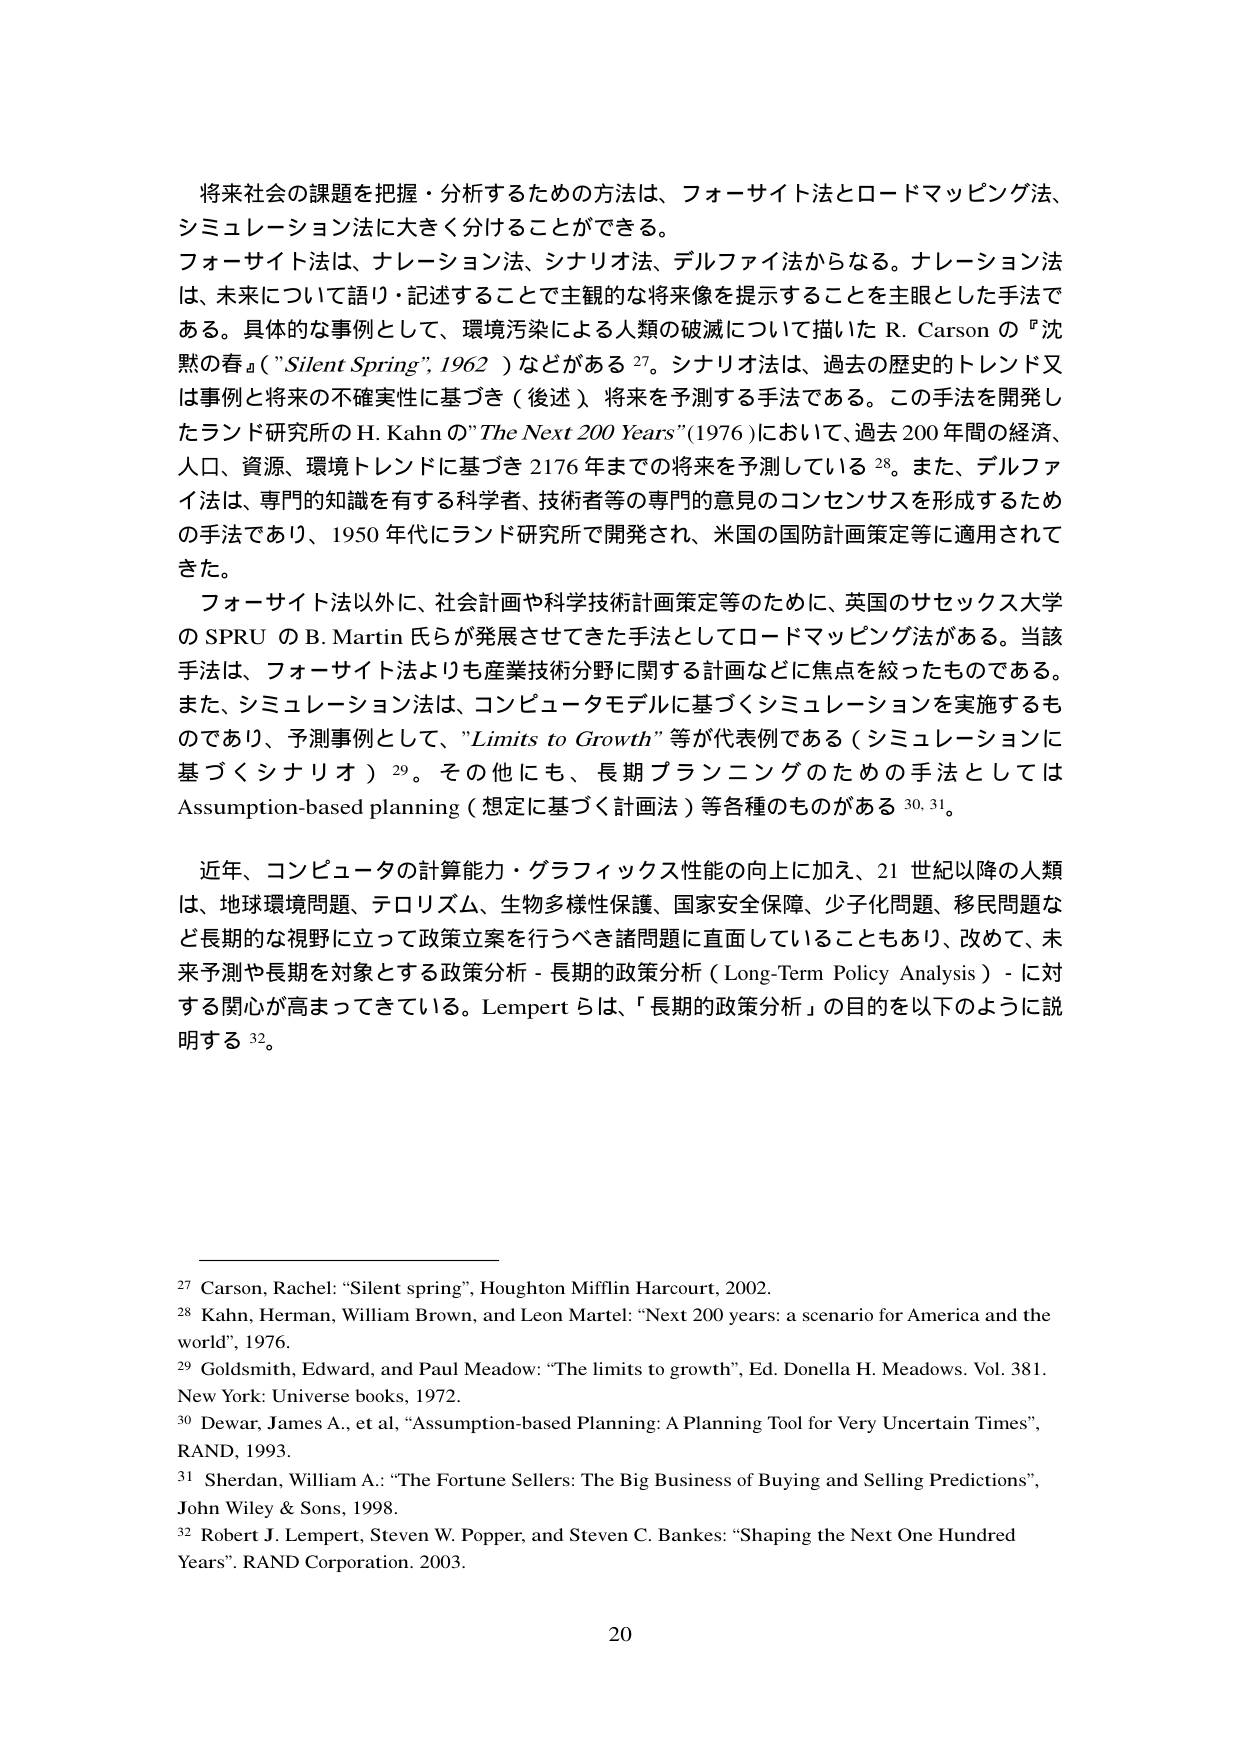
将来社会の課題を把握・分析するための方法は、フォーサイト法とロードマッピング法、シミュレーション法に大きく分けることができる。フォーサイト法は、ナレーション法、シナリオ法、デルファイ法からなる。ナレーション法は、未来について語り・記述することで主観的な将来像を提示することを主眼とした手法である。具体的な事例として、環境汚染による人類の破滅について描いた R. Carson の『沈黙の春』（"Silent Spring", 1962）などがある 27。シナリオ法は、過去の歴史的トレンド又は事例と将来の不確実性に基づき（後述）将来を予測する手法である。この手法を開発したランド研究所の H. Kahn の "The Next 200 Years" (1976) において、過去 200 年間の経済、人口、資源、環境トレンドに基づき 2176 年までの将来を予測している 28。また、デルファイ法は、専門的知識を有する科学者、技術者等の専門的意見のコンセンサスを形成するための手法であり、1950 年代にランド研究所で開発され、米国の国防計画策定等に適用されてきた。

フォーサイト法以外に、社会計画や科学技術計画策定等のために、英国のサセックス大学の SPRU の B. Martin 氏らが発展させてきた手法としてロードマッピング法がある。当該手法は、フォーサイト法よりも産業技術分野に関する計画などに焦点を絞ったものである。また、シミュレーション法は、コンピュータモデルに基づくシミュレーションを実施するものであり、予測事例として、"Limits to Growth" 等が代表例である（シミュレーションに基づくシナリオ）29。その他にも、長期プランニングのための手法としては Assumption-based planning（想定に基づく計画法）等各種のものがある 30, 31。

近年、コンピュータの計算能力・グラフィックス性能の向上に加え、21 世紀以降の人類は、地球環境問題、テロリズム、生物多様性保護、国家安全保障、少子化問題、移民問題など長期的な視野に立って政策立案を行うべき諸問題に直面していることもあり、改めて、未来予測や長期を対象とする政策分析 - 長期的政策分析（Long-Term Policy Analysis）- に対する関心が高まってきている。Lempert らは、「長期的政策分析」の目的を以下のように説明する 32。

27 Carson, Rachel: “Silent spring”, Houghton Mifflin Harcourt, 2002.
28 Kahn, Herman, William Brown, and Leon Martel: “Next 200 years: a scenario for America and the world”, 1976.
29 Goldsmith, Edward, and Paul Meadow: “The limits to growth”, Ed. Donella H. Meadows. Vol. 381. New York: Universe books, 1972.
30 Dewar, James A., et al, “Assumption-based Planning: A Planning Tool for Very Uncertain Times”, RAND, 1993.
31 Sheridan, William A.: “The Fortune Sellers: The Big Business of Buying and Selling Predictions”, John Wiley & Sons, 1998.
32 Robert J. Lempert, Steven W. Popper, and Steven C. Bankes: “Shaping the Next One Hundred Years”. RAND Corporation. 2003.

20